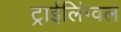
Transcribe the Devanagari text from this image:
ट्राईलिंग्वल